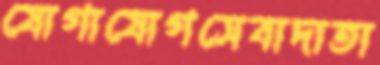
যোগাযোগসেবাদাতা